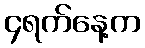
၄ရက်နေ့က